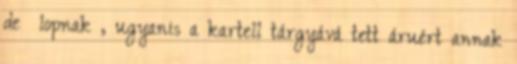
de lopnak, ugyanis a kartell tárgyává tett áruért annak